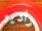
راديو